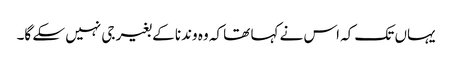
یہاں تک کہ اس نے کہا تھا کہ وہ وندنا کے بغیر جی نہیں سکے گا۔